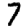
Digit: 7